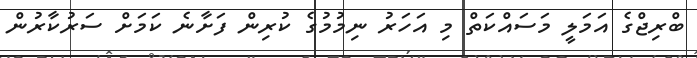
ބްރިޖްގެ އަމަލީ މަސައްކަތް މި އަހަރު ނިމުމުގެ ކުރިން ފަށާނެ ކަމަށް ސަރުކާރުން